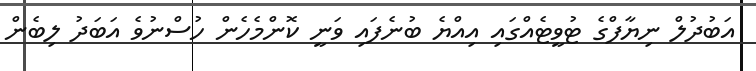
އަބުދުލް ނިޔާފްގެ ޓުވީޓެއްގައި އިއްޔެ ބުނެފައި ވަނީ ކޮންމެހެން ހުސްނުވެ އަބަދު ލިބެން